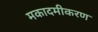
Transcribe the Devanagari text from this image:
मकादमीकरण